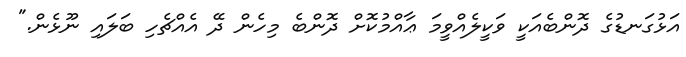
އަޅުގަނޑުގެ ދޮންބެއަކީ ވަކީލެއްވީމަ ޢާއްމުކޮށް ދޮންބެ މިހެން ދޭ އެއްޗެހި ބަލައި ނޫޅެން."